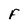
Character: F